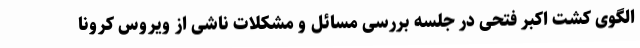
الگوی کشت اکبر فتحی در جلسه بررسی مسائل و مشکلات ناشی از ویروس کرونا